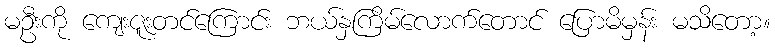
မဦးကို ကျေးဇူးတင်ကြောင်း ဘယ်နှကြိမ်လောက်တောင် ပြောမိမှန်း မသိတော့။